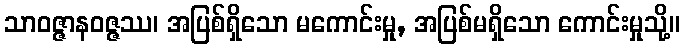
သာဝဇ္ဇာနဝဇ္ဇဿ၊ အပြစ်ရှိသော မကောင်းမှု, အပြစ်မရှိသော ကောင်းမှုသို့။